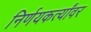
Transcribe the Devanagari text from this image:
निर्णयकर्त्यांवर